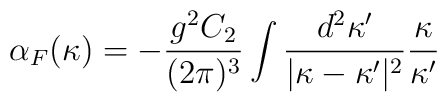
\alpha_F (\kappa )  = - \frac{g^2 C_2 }{(2 \pi)^3}\int \frac{d^2\kappa^{\prime }}{\vert \kappa -\kappa^{\prime }\vert^2 }\frac{\kappa}{\kappa^{\prime }}